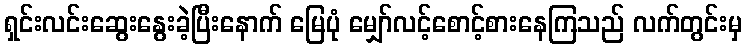
ရှင်းလင်းဆွေးနွေးခဲ့ပြီးနောက် မြေပုံ မျှော်လင့်စောင့်စားနေကြသည် လက်တွင်းမှ